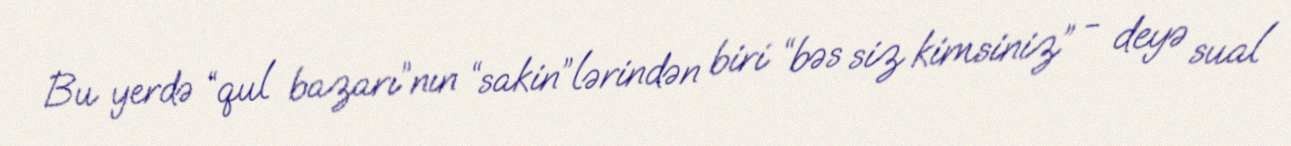
Bu yerdə “qul bazarı”nın “sakin”lərindən biri “bəs siz kimsiniz” - deyə sual